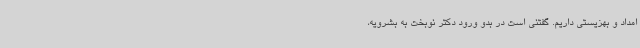
امداد و بهزیستی داریم. گفتنی است در بدو ورود دکتر نوبخت به بشرویه،